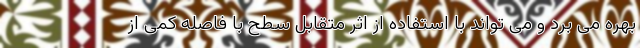
بهره می برد و می تواند با استفاده از اثر متقابل سطح با فاصله کمی از